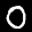
Label: 0